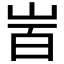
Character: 𡶾